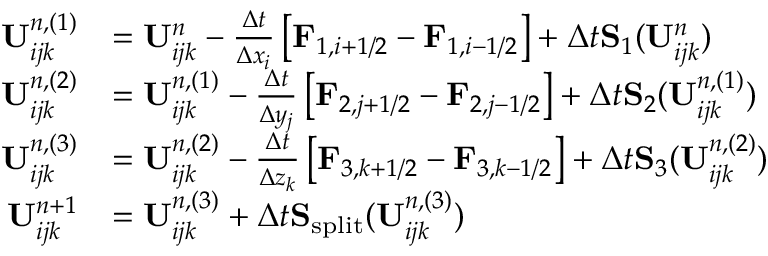
\begin{array} { r l } { \mathbf { U } _ { i j k } ^ { n , ( 1 ) } } & { = \mathbf { U } _ { i j k } ^ { n } - \frac { \Delta t } { \Delta x _ { i } } \left[ \mathbf { F } _ { 1 , i + 1 / 2 } - \mathbf { F } _ { 1 , i - 1 / 2 } \right] + \Delta t \mathbf { S } _ { 1 } ( \mathbf { U } _ { i j k } ^ { n } ) } \\ { \mathbf { U } _ { i j k } ^ { n , ( 2 ) } } & { = \mathbf { U } _ { i j k } ^ { n , ( 1 ) } - \frac { \Delta t } { \Delta y _ { j } } \left[ \mathbf { F } _ { 2 , j + 1 / 2 } - \mathbf { F } _ { 2 , j - 1 / 2 } \right] + \Delta t \mathbf { S } _ { 2 } ( \mathbf { U } _ { i j k } ^ { n , ( 1 ) } ) } \\ { \mathbf { U } _ { i j k } ^ { n , ( 3 ) } } & { = \mathbf { U } _ { i j k } ^ { n , ( 2 ) } - \frac { \Delta t } { \Delta z _ { k } } \left[ \mathbf { F } _ { 3 , k + 1 / 2 } - \mathbf { F } _ { 3 , k - 1 / 2 } \right] + \Delta t \mathbf { S } _ { 3 } ( \mathbf { U } _ { i j k } ^ { n , ( 2 ) } ) } \\ { \mathbf { U } _ { i j k } ^ { n + 1 } } & { = \mathbf { U } _ { i j k } ^ { n , ( 3 ) } + \Delta t \mathbf { S } _ { \mathrm { s p l i t } } ( \mathbf { U } _ { i j k } ^ { n , ( 3 ) } ) } \end{array}